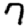
Digit: 7